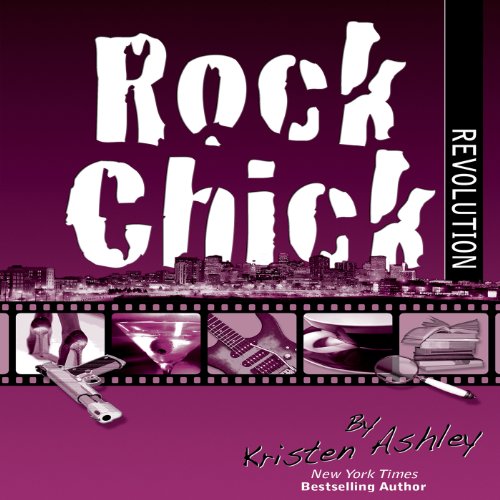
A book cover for Rock Chick Revolution; Kristen Ashley; Romance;